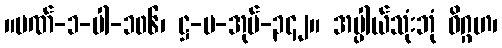
။ပဏ်-၁-ပါ-၁၀၆၊ ဋ္ဌ-ပ-အုပ်-၃၄၂။ အပ္ပါယ်သုံးဘုံ ဝိဂ္ဂဟ၊